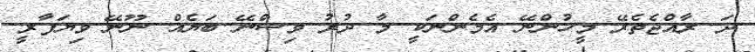
ދަ ރާއްޖެތެރޭ މީހުންނޭ އެމެންނަކީ މާ ދުރު ވިސްނޭ ބަޔެއް ނޫނޭ ވިޔަފާރީ